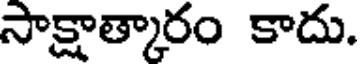
సాక్షాత్కారం కాదు.